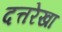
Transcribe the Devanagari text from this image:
दत्तरेखा